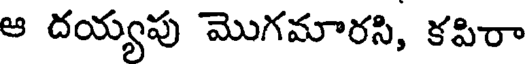
ఆ దయ్యపు మొగమారసి, కపిరా